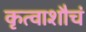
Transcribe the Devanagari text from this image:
कृत्वाशौचं